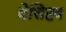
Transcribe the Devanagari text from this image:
वेशिष्ट्य